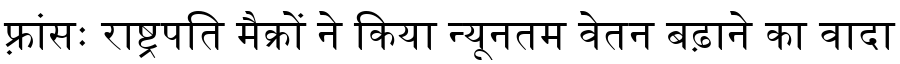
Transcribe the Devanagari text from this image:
फ़्रांसः राष्ट्रपति मैक्रों ने किया न्यूनतम वेतन बढ़ाने का वादा